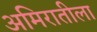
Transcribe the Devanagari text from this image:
अमिरातीला